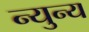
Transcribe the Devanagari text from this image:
न्युन्य